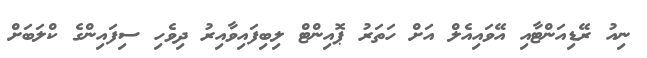
ނިއު ރޭޑިއަންޓާއި އޭވައިއެލް އަށް ހަތަރު ޕޮއިންޓް ލިބިފައިވާއިރު ދިވެހި ސިފައިންގެ ކްލަބަށް